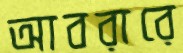
আবরারে